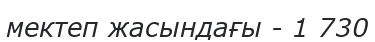
мектеп жасындағы - 1 730